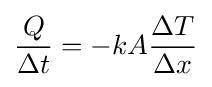
{\frac {Q}{\Delta t}}=-kA{\frac {\Delta T}{\Delta x}}